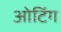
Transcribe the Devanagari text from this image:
ओटिंग